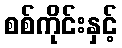
စစ်ကိုင်းနှင့်